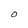
Character: O